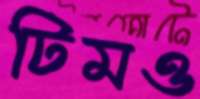
টিমও